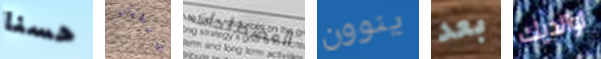
حسنا شرطيان المصطلحات ينوون بعد لوالديك